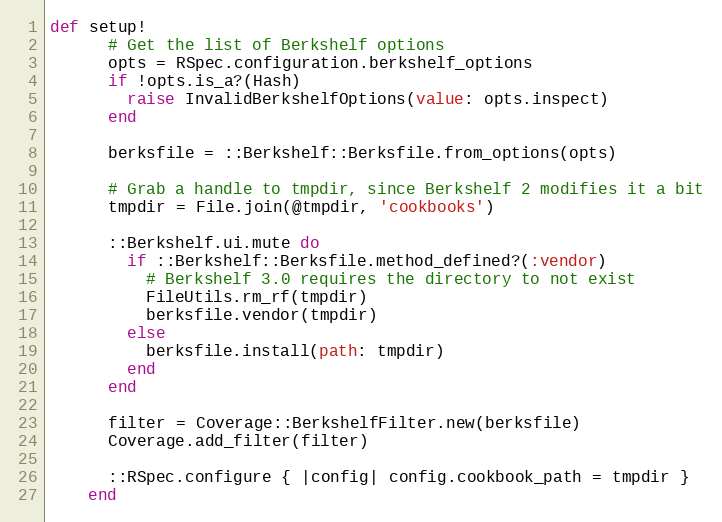
Language: Ruby
def setup!
      # Get the list of Berkshelf options
      opts = RSpec.configuration.berkshelf_options
      if !opts.is_a?(Hash)
        raise InvalidBerkshelfOptions(value: opts.inspect)
      end

      berksfile = ::Berkshelf::Berksfile.from_options(opts)

      # Grab a handle to tmpdir, since Berkshelf 2 modifies it a bit
      tmpdir = File.join(@tmpdir, 'cookbooks')

      ::Berkshelf.ui.mute do
        if ::Berkshelf::Berksfile.method_defined?(:vendor)
          # Berkshelf 3.0 requires the directory to not exist
          FileUtils.rm_rf(tmpdir)
          berksfile.vendor(tmpdir)
        else
          berksfile.install(path: tmpdir)
        end
      end

      filter = Coverage::BerkshelfFilter.new(berksfile)
      Coverage.add_filter(filter)

      ::RSpec.configure { |config| config.cookbook_path = tmpdir }
    end